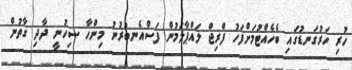
ހުރި ހަރުގަނޑުގައި ބެހެއްޓުމަށްފަހު ފްރިޖް ލައްޕާލަމުން ފަސްއެނބުރުނު މިންހާ ސިހުނީ ދާދި ގާތުން